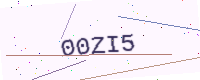
Text: 00ZI5